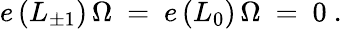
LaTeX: e\, (L_{\pm 1})\, \Omega\ =\ e\, (L_{0})\, \Omega\ =\ 0\ .